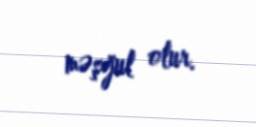
məşğul olur.